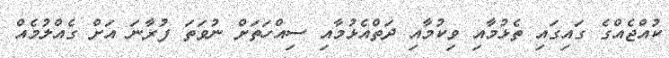
ކުއްޖެއްގެ ގައިގައި ތެޅުމާއި ވިކުމާއި ދަތްއެޅުމާއި ސިއްހަތަށް ނުވަތަ ފުރާނަ އަށް ގެއްލުމެއް